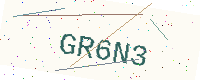
Text: GR6N3